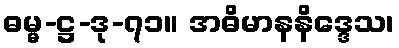
ဓမ္မ-ဋ္ဌ-ဒု-၇၁။ အဓိမာနနိဒ္ဒေသ၊